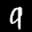
Label: 9